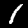
Label: 1